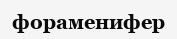
фораменифер